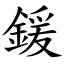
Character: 鍰